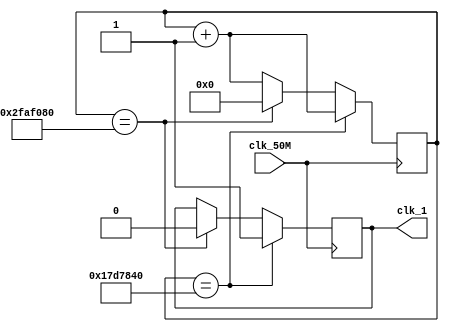
module clock_divider(
        input clk_50M,
        output reg clk_1
);
        reg [27:0] counter = 0;
        always@(posedge clk_50M)
        begin
                if(counter == 28'd25_000_000)
                begin
                        counter <= counter + 1;
                        clk_1 <= 1;
                end else if(counter == 28'd50_000_000)
                begin
                        counter <= 0;
                        clk_1 <= 0;
                end else begin
                        counter <= counter + 1;
                        clk_1 <= clk_1;
                end
        end
endmodule
module edge_detection
(
        input clk_50M,
        input clk_1,
        input load,
        output reg load_new
);
        reg load_hold;
        reg load_hold_old;
        reg load_old;

        always@(posedge clk_50M)
        begin
                load_old <= load;
                if(load_old == 1 & load == 0)
                        load_hold <= 1;
                else if (load_new == 1)
                        load_hold <= 0;
        end

        always@(posedge clk_1)
    begin
		load_hold_old <= load_hold;
		if(load_hold_old == 0 & load_hold == 1)
						load_new <= 1;
		else if (load_new == 1)
						load_new <= 0;
end
endmodule